Document type: Sale
Year: 1274
Scribe: [Unknown]
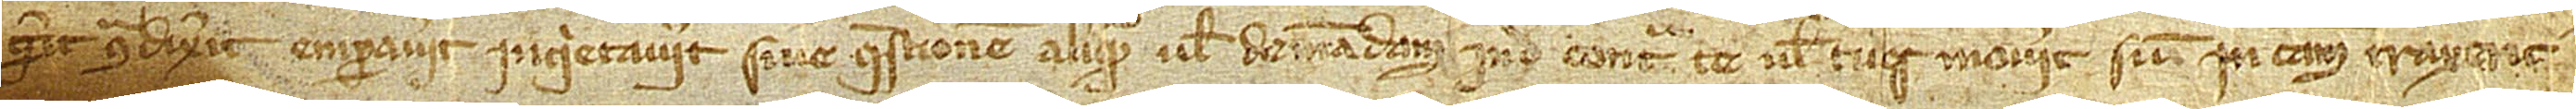
gerit, contradixerit, emparaverit, inquietaverit sive questionem aliquam vel demandam inde contra te vel tuos moverit sive in causam traxerit,